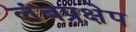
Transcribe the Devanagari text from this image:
लंबप्रक्षेप